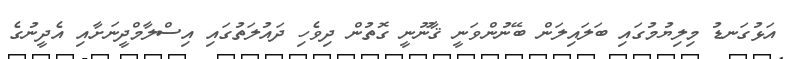
އަޅުގަނޑު މިލިޔުމުގައި ބަލައިލަން ބޭނުންވަނީ ޤާނޫނީ ގޮތުން ދިވެހި ދައުލަތުގައި އިސްލާމްދީނަށާއި އެދީނުގެ